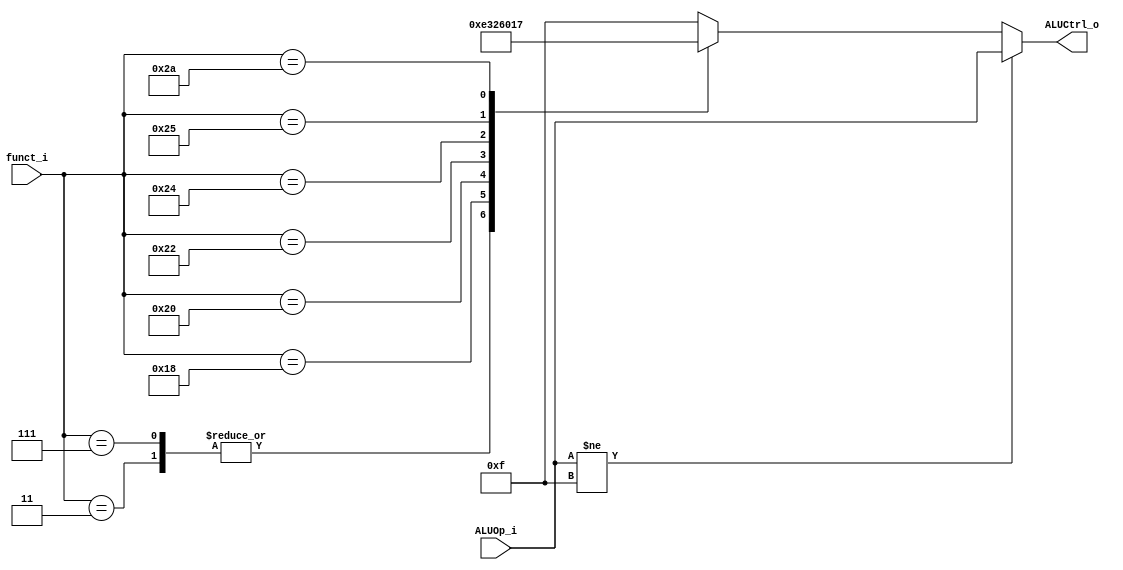
//Subject:     CO project 2 - ALU Controller
//--------------------------------------------------------------------------------
//Version:     1
//--------------------------------------------------------------------------------
//Writer:      
//----------------------------------------------
//Date:        
//----------------------------------------------
//Description: 
//--------------------------------------------------------------------------------

module ALU_Ctrl(
          funct_i,
          ALUOp_i,
          ALUCtrl_o
          );
          
//I/O ports 
input      [6-1:0] funct_i;
input      [4-1:0] ALUOp_i;

output     [4-1:0] ALUCtrl_o;    
     
//Internal Signals
reg        [4-1:0] ALUCtrl_o;

//Parameter

       
//Select exact operation
always @(*) begin
    if (ALUOp_i != 4'b1111)
        ALUCtrl_o = ALUOp_i;
    else begin
        case (funct_i)
            3:       ALUCtrl_o = 14; // SRA
            7:       ALUCtrl_o = 14; // SRAV
            24:      ALUCtrl_o = 3; // MUL
            32:      ALUCtrl_o = 2; // ADD
            34:      ALUCtrl_o = 6; // SUB
            36:      ALUCtrl_o = 0; // AND
            37:      ALUCtrl_o = 1; // OR
            42:      ALUCtrl_o = 7; // SLT
            default: ALUCtrl_o = 4'b1111;
        endcase
    end
end

endmodule